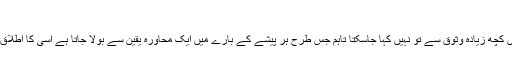
رفو گری کا فن اور سیاسی دربار
رفو گری ایک فن ہے‘ یہ کب وجود میں آئی اس بارے میں کچھ زیادہ وثوق سے تو نہیں کہا جاسکتا تاہم جس طرح ہر پیشے کے بارے میں ایک محاورہ یقین سے بولا جاتا ہے اسی کا اطلاق اس پر بھی ہوسکتا ہے یعنی ضرورت ایجاد کی ماں ہے۔